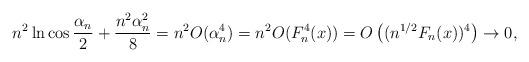
LaTeX: \begin{align*}n^2\ln\cos\frac{\alpha_n}{2}+\frac{n^2\alpha_n^2}{8}=n^2O(\alpha_n^4)=n^2O(F_n^4(x))=O\left((n^{1/2} F_n(x))^4\right)\to 0,\end{align*}